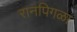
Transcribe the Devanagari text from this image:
रानपिगळा